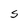
Character: S